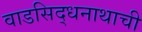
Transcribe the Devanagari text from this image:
वाडसिद्धनाथाची